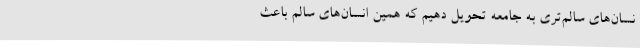
نسان‌های سالم‌تری به جامعه تحویل دهیم که همین انسان‌های سالم باعث